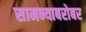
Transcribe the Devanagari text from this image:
सामन्याबरोबर